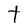
Character: t